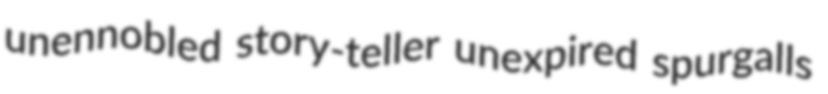
unennobled story-teller unexpired spurgalls